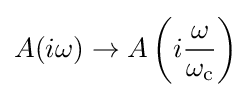
A(i\omega )\to A\left(i{\frac {\omega }{\omega _{\text{c}}}}\right)